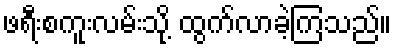
ဖရီးစကူးလမ်းသို့ ထွက်လာခဲ့ကြသည်။